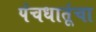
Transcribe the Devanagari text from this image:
पंचधातूंचा